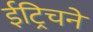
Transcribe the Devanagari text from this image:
ईट्रिचने